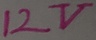
Text: 12V